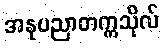
အနုပညာတက္ကသိုလ်